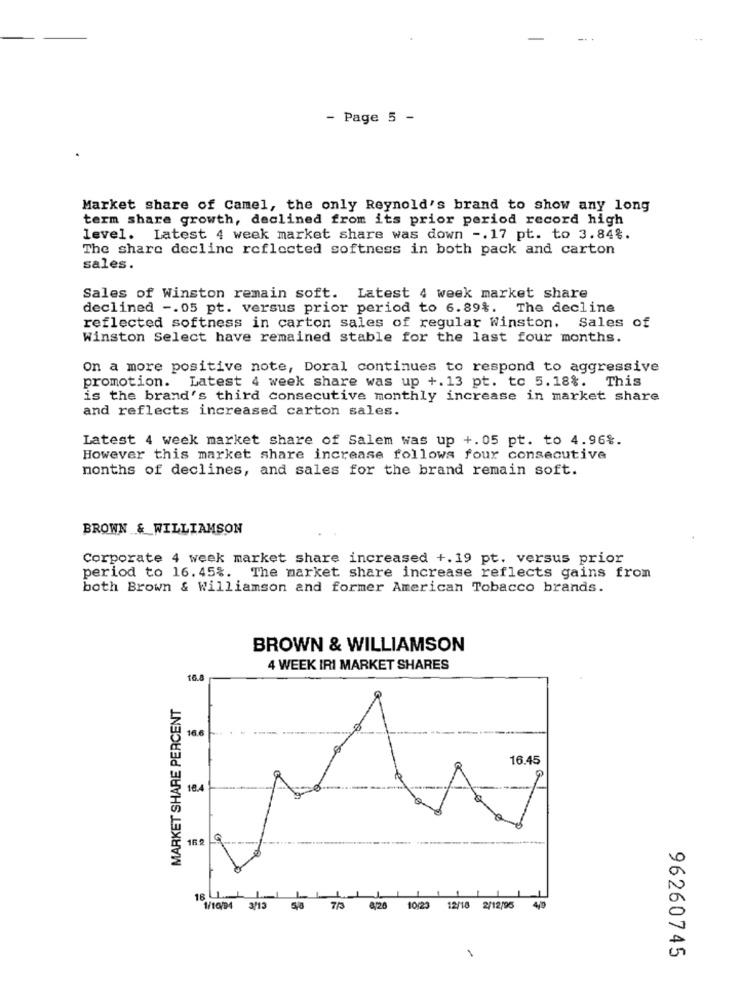
- Page 5 -
Market share of Camel, the only Reynold's brand to show any long
term share growth, declined from its prior period record high
level. Latest 4 week market share was down -. 17 pt. to 3.84%.
The share decline reflected softness in both pack and carton
sales.
Sales of Winston remain soft. Latest 4 week market share
declined -. 05 pt. versus prior period to 6.89%. The decline
Sales of
reflected softness in carton sales of regular Winston.
Winston Select have remained stable for the last four months.
On a more positive note, Doral continues to respond to aggressive
promotion. Latest 4 week share was up +.13 pt. to 5.18%.
This
is the brand's third consecutive monthly increase in market share
and reflects increased carton sales.
Latest 4 week market share of Salem was up +.05 pt. to 4.96%.
However this market share increase follows four consecutive
months of declines, and sales for the brand remain soft.
BROWN & WILLIAMSON
Corporate 4 week market share increased +.19 pt. versus prior
period to 16.45%. The market share increase reflects gains from
both Brown & Williamson and former American Tobacco brands.
BROWN & WILLIAMSON
4 WEEK IRI MARKET SHARES
16.8
MARKET SHARE PERCENT
16.6
16.45
G
18.4
162
18 L LI
419
1/10/94 3/13 5/0
7/3
4/20
10/23 12/18
2/12/95
96260745